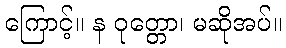
ကြောင့်။ န ဝုတ္တော၊ မဆိုအပ်။